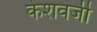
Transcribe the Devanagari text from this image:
केशवजी